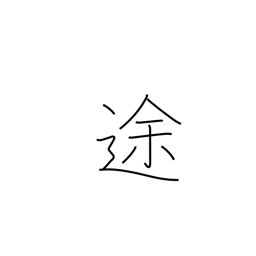
Meaning: route